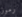
رموز